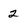
Character: 2